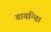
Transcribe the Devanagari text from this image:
गायन्ति।